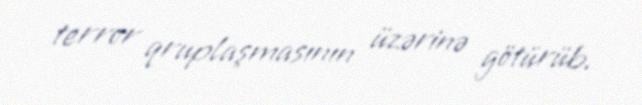
terror qruplaşmasının üzərinə götürüb.